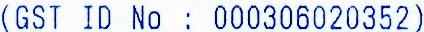
(GST ID NO : 000306020352)